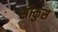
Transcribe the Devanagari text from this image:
सौकुस